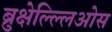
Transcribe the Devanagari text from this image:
ब्रुक्षेल्ल्लिओस